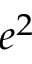
e ^ { 2 }